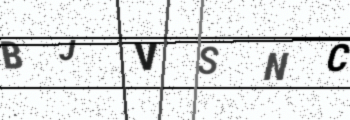
Text: BJVSNC